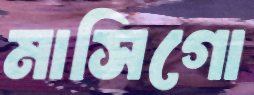
মাসিগো